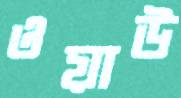
ওয়াউ